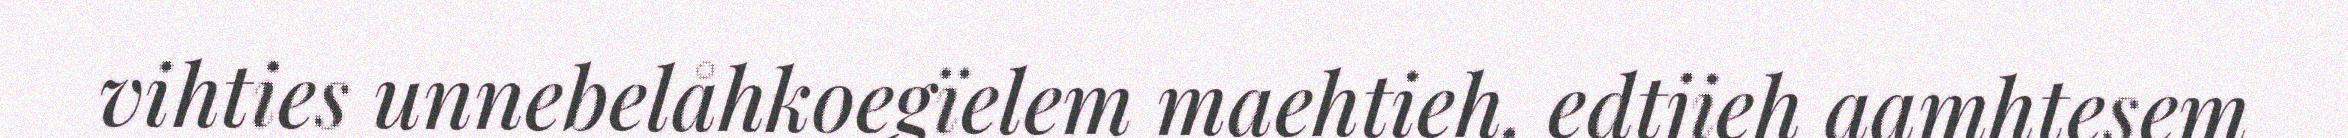
vihties unnebelåhkoegïelem maehtieh, edtjieh aamhtesem